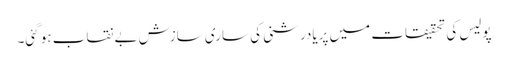
پولیس کی تحقیقات میں پریادرشنی کی ساری سازش بے نقاب ہو گئی۔